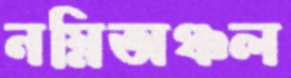
নম্নিঅঞ্চল